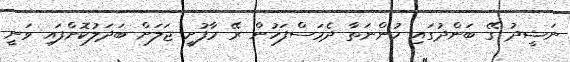
ނަޝީދު ގޭ ބަންދުގައި ހުންނަތާ ދެމަސްފަހުން ރޭ މާފުށީ ޖަލަށް ބަދަލުކޮށްފައި ވަނީ